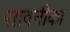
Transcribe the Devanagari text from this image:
सावनीका